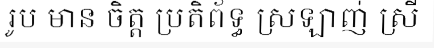
រូប មាន ចិត្ត ប្រតិព័ទ្ធ ស្រឡាញ់ ស្រី